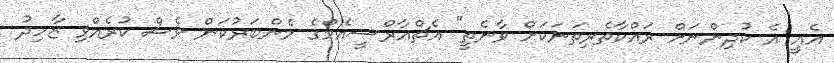
އެއީ އެ ކުދިންނަށް ރައްކާތެރިތަނަކަށް ވާނެތީ" އެޗްއާރްސީއެމްގެ މެންބަރުކަން ވެސް ކުރެއްވި ޒާހިދު